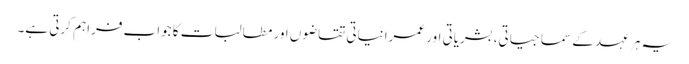
یہ ہر عہد کے سماجیاتی، بشریاتی اور عمرانیاتی تقاضوں اور مطالبات کا جواب فراہم کرتی ہے۔